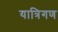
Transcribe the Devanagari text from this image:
यात्रिगण